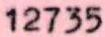
12735